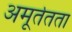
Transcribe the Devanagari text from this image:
अमूर्ततता